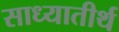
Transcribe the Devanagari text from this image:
साध्यातीर्थ